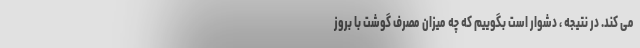
می کند. در نتیجه ، دشوار است بگوییم که چه میزان مصرف گوشت با بروز